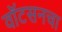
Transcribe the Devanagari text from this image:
वॉटसनचा